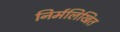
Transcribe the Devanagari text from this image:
निर्मलिखित